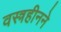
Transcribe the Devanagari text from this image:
वस्त्रहीनने